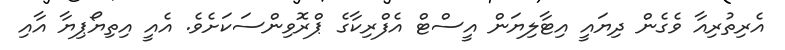
އެރިތުރިއާ ވެގެން ދިޔައީ އިޓާލިޔަން އީސްޓް އެފްރިކާގެ ޕްރޮވިންސަކަށެވެ. އެއީ އިތިޔޯޕިޔާ އާއި